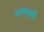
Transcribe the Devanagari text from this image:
दरावली